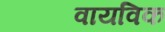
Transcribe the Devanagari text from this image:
वायविक